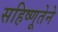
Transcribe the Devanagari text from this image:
सहिष्णूतेने